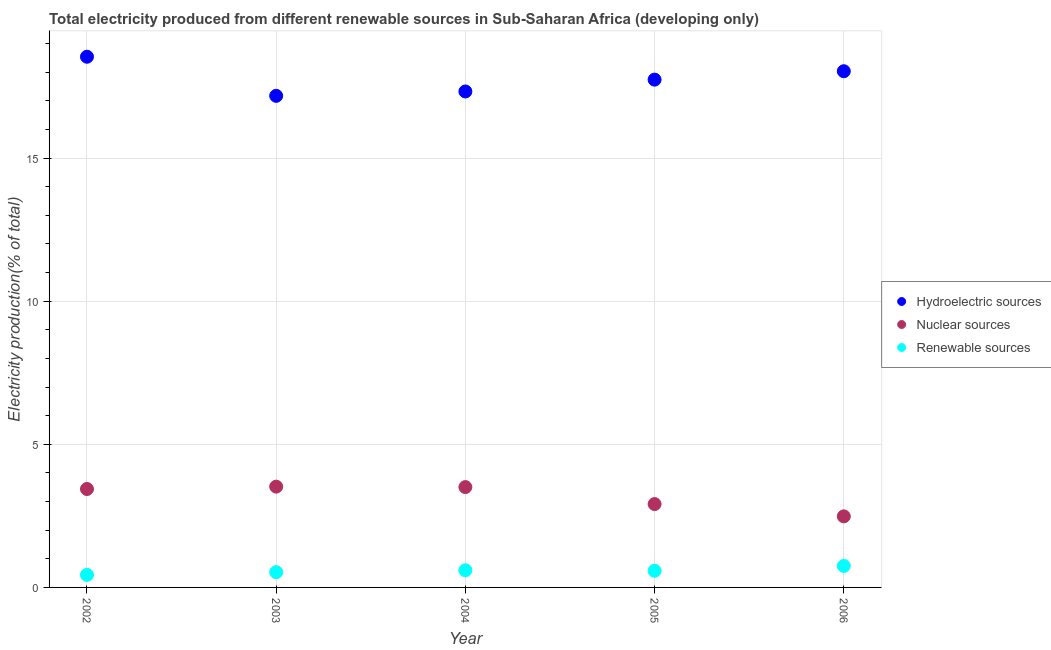
| Year | Hydroelectric sources | Nuclear sources | Renewable sources |
 | --- | --- | --- | --- |
 | 2002 | 18.5 | 3.44 | 0.439 |
 | 2003 | 17.2 | 3.52 | 0.533 |
 | 2004 | 17.3 | 3.51 | 0.599 |
 | 2005 | 17.7 | 2.91 | 0.581 |
 | 2006 | 18 | 2.48 | 0.752 |